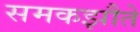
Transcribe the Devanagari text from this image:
समकझौते